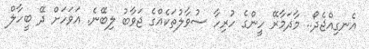
އެނގިއްޖެދޯ.. މާދަމާރޭ ހީންގެ ހުރިހާ ސުވާލުތަކެއްގެ ޖަވާބު ލިބޭނެ. އަވަހަށް ދޭ ބީހާލް